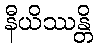
နီယိဿန္တိ